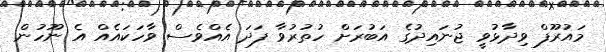
މައުރޫފް ވިދާޅުވީ ޖުނައިދުގެ އަބުރަށް ހުތުރުވާ ފަދަ އެއްވެސް ވާހަކައެއް އެ ނޫހުން